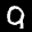
Label: 9